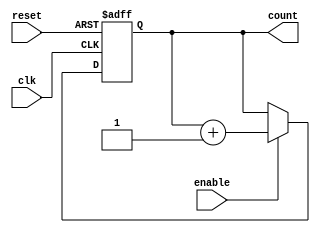
module async_reset_sync_counter (
    input wire clk,        // Clock signal
    input wire reset,      // Asynchronous reset signal
    input wire enable,     // Enable signal for counting
    output reg [N-1:0] count // Count output (N bits wide)
);

parameter N = 4; // Number of bits for the counter (adjust as needed)

always @(posedge clk or posedge reset) begin
    if (reset) begin
        count <= 0; // Reset counter to 0
    end else if (enable) begin
        count <= count + 1; // Increment counter on clock edge if enabled
    end
end

endmodule